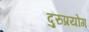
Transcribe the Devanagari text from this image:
दुरुप्रयोग